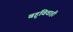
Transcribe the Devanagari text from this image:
बहुविवाही